Calcutta medical institutions reports 1879-81 [i.e.91]
Year: 1879
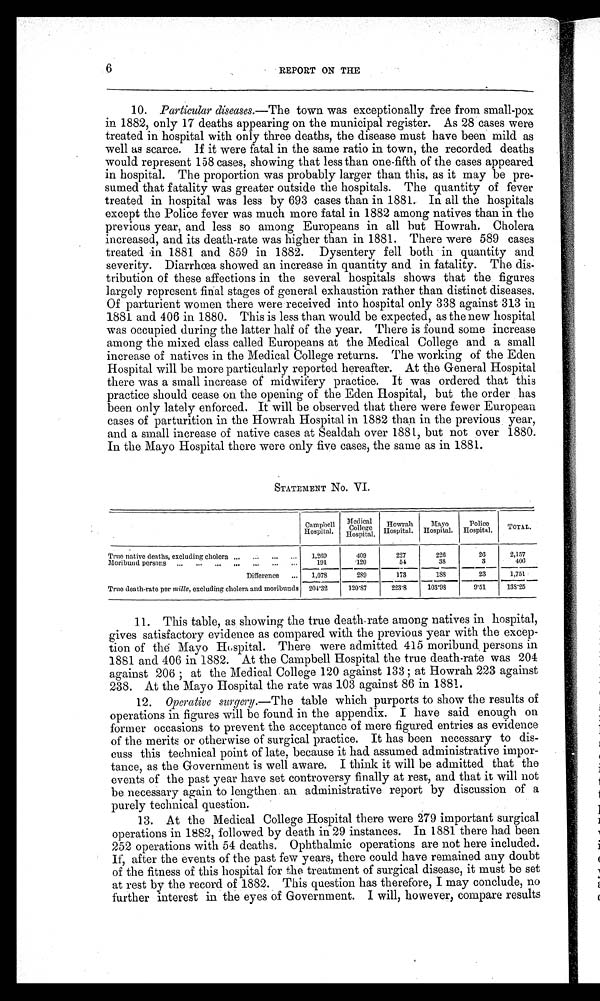
6
REPORT ON THE
10. Particular diseases.—The town was exceptionally free from small-pox
in 1882, only 17 deaths appearing on the municipal register. As 28 cases were
treated in hospital with only three deaths, the disease must have been mild as
well as scarce. If it were fatal in the same ratio in town, the recorded deaths
would represent 158 cases, showing that less than one-fifth of the cases appeared
in hospital. The proportion was probably larger than this, as it may be pre
sumed that fatality was greater outside the hospitals. The quantity of fever
treated in hospital was less by 693 cases than in 1881. In all the hospitals
except the Police fever was much more fatal in 1882 among natives than in the
previous year, and less so among Europeans in all hut Howrah. Cholera
increased, and its death-rate was higher than in 1881. There were 589 cases
treated in 1881 and 859 in 1882. Dysentery fell both in quantity and
severity. Diarrhœa showed an increase in quantity and in fatality. The dis
tribution of these affections in the several hospitals shows that the figures
largely represent final stages of general exhaustion rather than distinct diseases.
Of parturient women there were received into hospital only 338 against 313 in
1881 and 406 in 1880. This is less than would be expected, as the new hospital
was occupied during the latter half of the year. There is found some increase
among the mixed class called Europeans at the Medical College and a small
increase of natives in the Medical College returns. The working of the Eden
Hospital will be more particularly reported hereafter. At the General Hospital
there was a small increase of midwifery practice. It was ordered that this
practice should cease on the opening of the Eden Hospital, but the order has
been only lately enforced. It will be observed that there were fewer European
cases of parturition in the Howrah Hospital in 1882 than in the previous year,
and a small increase of native cases at Sealdah over 1881, but not over 1880.
In the Mayo Hospital there were only five cases, the same as in 1881.
STATEMENT No. VI.
Campbell
Hospital. Medical
College
Hospital.
Howrah
Hospital.
Mayo
Hospital.
Police
Hospital. TOTAL.
True native deaths, excluding cholera
1,269
409
227
226
26
2,157
Moribund. persons
191
120
51
38
3
406
Difference
1,078
289
173
188
23
1,751
True death-rate per mille, excluding cholera and moribunds 204.32
120.87
223.8
103.98
9.51
138.25
11. This table, as showing the true death rate among natives in hospital,
gives satisfactory evidence as compared with the previous year with the excep
tion of the Mayo Hospital. There were admitted 415 moribund persons in
1881 and 406 in 1882. At the Campbell Hospital the true death-rate was 204
against 206 ; at the Medical College 120 against 133 ; at Howrah 223 against
238. At the Mayo Hospital the rate was 103 against 86 in 1881.
12.
Operative surgery.— The table which purports to show the results of
operations in figures will be found in the appendix. I have said enough on
former occasions to prevent the acceptance of mere figured entries as evidence
of the merits or otherwise of surgical practice. It has been necessary to dis
cuss this technical point of late, because it had assumed administrative impor
tance, as the Government is well aware. I think it will be admitted that the
events of the past year have set controversy finally at rest, and that it will not
be necessary again to lengthen an administrative report by discussion of a
purely technical question.
13. At the Medical College Hospital there were 279 important surgical
operations in 1882, followed by death in 29 instances. In 1881 there had been
252 operations with 54 deaths. Ophthalmic operations are not here included.
If, after the events of the past few years, there could have remained any doubt
of the fitness of this hospital for the treatment of surgical disease, it must be set
at rest by the record of 1882. This question has therefore, I may conclude, no
further interest in the eyes of Government. I will, however, compare results